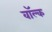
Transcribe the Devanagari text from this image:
वॉल्क